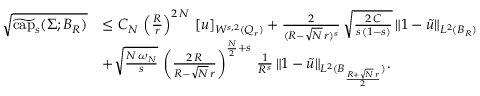
\begin{array} { r l } { \sqrt { \widetilde { \mathrm { c a p } } _ { s } ( \Sigma ; B _ { R } ) } } & { \le C _ { N } \, \left( \frac { R } { r } \right) ^ { 2 \, N } \, [ u ] _ { W ^ { s , 2 } ( Q _ { r } ) } + \frac { 2 } { ( R - \sqrt { N } \, r ) ^ { s } } \, \sqrt { \frac { 2 \, C } { s \, ( 1 - s ) } } \, \| 1 - \widetilde { u } \| _ { L ^ { 2 } ( B _ { R } ) } } \\ & { + \sqrt { \frac { N \, \omega _ { N } } { s } } \, \left( \frac { 2 \, R } { R - \sqrt { N } \, r } \right) ^ { \frac { N } { 2 } + s } \, \frac { 1 } { R ^ { s } } \, \| 1 - \widetilde u \| _ { L ^ { 2 } ( B _ { \frac { R + \sqrt { N } \, r } { 2 } } ) } . } \end{array}